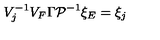
V _ { j } ^ { - 1 } V _ { F } \Gamma { \cal P } ^ { - 1 } \xi _ { E } = \xi _ { j }